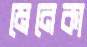
মেনেকা